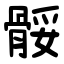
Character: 骽